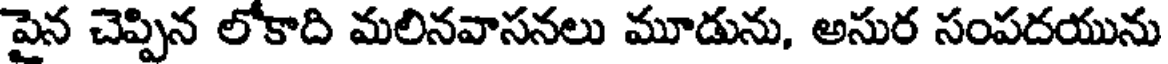
పైన చెప్పిన లోకాది మలినవాసనలు మూడును, అసుర సంపదయును